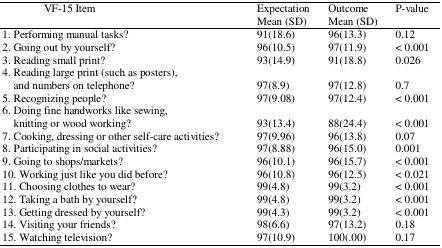
| VF-15 Item | ExpectationMean (SD) | OutcomeMean (SD) | P-value |
 | --- | --- | --- | --- |
 | 1. Performing manual tasks? | 91(18.6) | 96(13.3) | 0.12 |
 | 2. Going out by yourself? | 96(10.5) | 97(11.9) | < 0.001 |
 | 3. Reading small print? | 93(14.9) | 91(18.8) | 0.026 |
 | 4. Reading large print (such as posters),and numbers on telephone? | 97(8.9) | 97(12.8) | 0.7 |
 | 5. Recognizing people? | 97(9.08) | 97(12.4) | < 0.001 |
 | 6. Doing fine handworks like sewing,knitting or wood working? | 93(13.4) | 88(24.4) | < 0.001 |
 | 7. Cooking, dressing or other self-care activities? | 97(9.96) | 96(13.8) | 0.07 |
 | 8. Participating in social activities? | 97(8.88) | 96(15.0) | 0.001 |
 | 9. Going to shops/markets? | 96(10.1) | 96(15.7) | < 0.001 |
 | 10. Working just like you did before? | 96(10.8) | 96(12.5) | < 0.021 |
 | 11. Choosing clothes to wear? | 99(4.8) | 99(3.2) | < 0.001 |
 | 12. Taking a bath by yourself? | 99(4.8) | 99(3.2) | < 0.001 |
 | 13. Getting dressed by yourself? | 99(4.3) | 99(3.2) | < 0.001 |
 | 14. Visiting your friends? | 98(6.6) | 97(13.2) | 0.18 |
 | 15. Watching television? | 97(10.9) | 100(.00) | 0.17 |